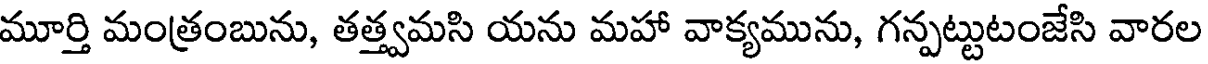
మూర్తి మంత్రంబును, తత్త్వమసి యను మహా వాక్యమును, గన్పట్టుటంజేసి వారల